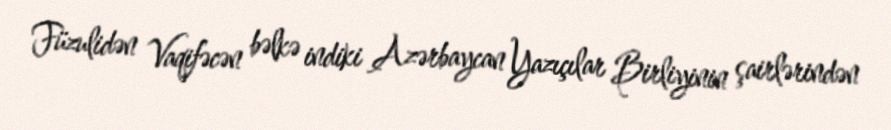
Füzulidən Vaqifəcən bəlkə indiki Azərbaycan Yazıçılar Birliyinin şairlərindən